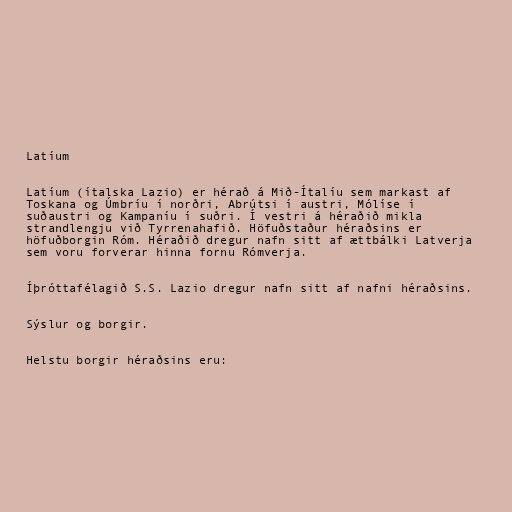
Latíum

Latíum (ítalska Lazio) er hérað á Mið-Ítalíu sem markast af
Toskana og Úmbríu í norðri, Abrútsi í austri, Mólíse í
suðaustri og Kampaníu í suðri. Í vestri á héraðið mikla
strandlengju við Tyrrenahafið. Höfuðstaður héraðsins er
höfuðborgin Róm. Héraðið dregur nafn sitt af ættbálki Latverja
sem voru forverar hinna fornu Rómverja.

Íþróttafélagið S.S. Lazio dregur nafn sitt af nafni héraðsins.

Sýslur og borgir.

Helstu borgir héraðsins eru: